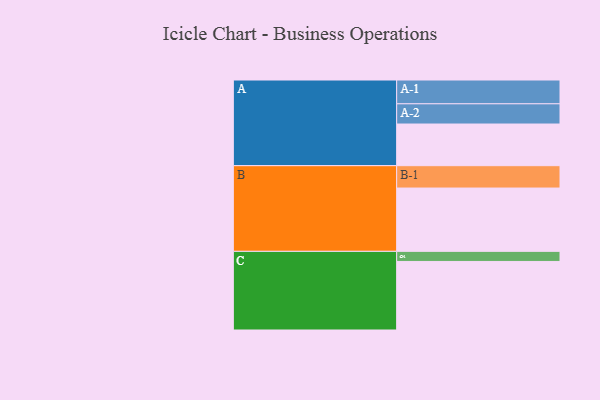
{"axis": {"x": "Segment", "y": "Value"}, "legend": ["", "A", "B", "C"], "data": [{"x": "A", "y": 350, "type": ""}, {"x": "B", "y": 532, "type": ""}, {"x": "C", "y": 576, "type": ""}, {"x": "A-1", "y": 200, "type": "A"}, {"x": "A-2", "y": 170, "type": "A"}, {"x": "B-1", "y": 188, "type": "B"}, {"x": "C-1", "y": 85, "type": "C"}]}